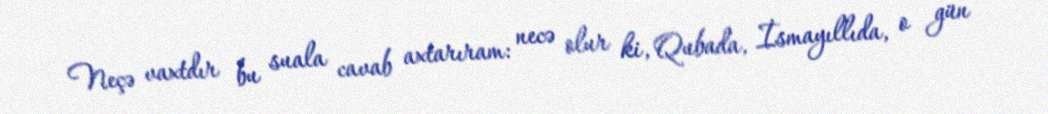
Neçə vaxtdır bu suala cavab axtarıram: necə olur ki, Qubada, İsmayıllıda, o gün